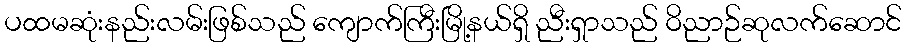
ပထမဆုံးနည်းလမ်းဖြစ်သည် ကျောက်ကြီးမြို့နယ်ရှိ ညီးရှာသည် ဝိညာဉ်ဆုလက်ဆောင်